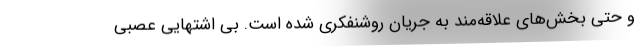
و حتی بخش‌های علاقه‌مند به جریان روشنفکری شده است. بی اشتهایی عصبی